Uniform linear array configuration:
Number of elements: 12
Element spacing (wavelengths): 0.5
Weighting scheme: uniform
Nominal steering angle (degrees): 30
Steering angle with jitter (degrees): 31.958
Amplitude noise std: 0.05
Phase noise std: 0.05

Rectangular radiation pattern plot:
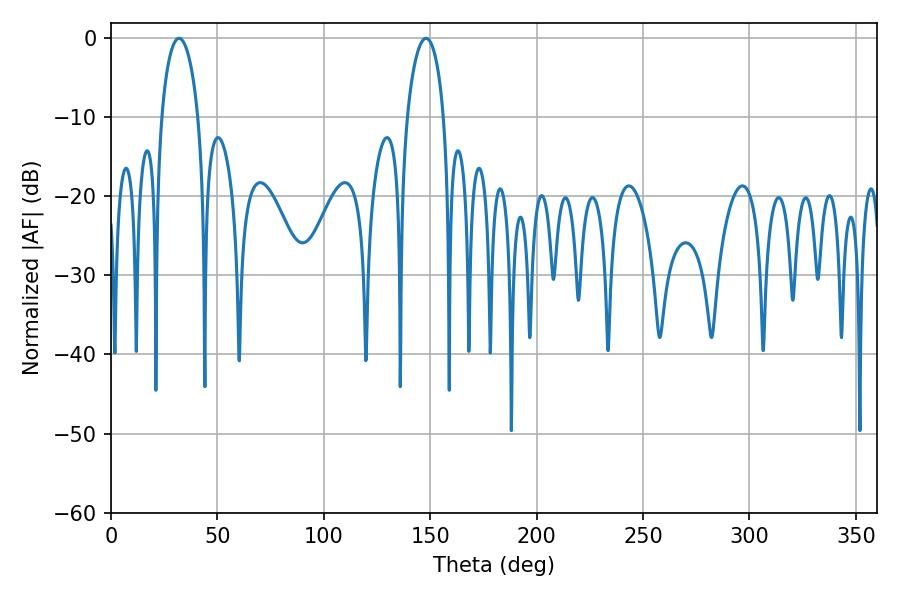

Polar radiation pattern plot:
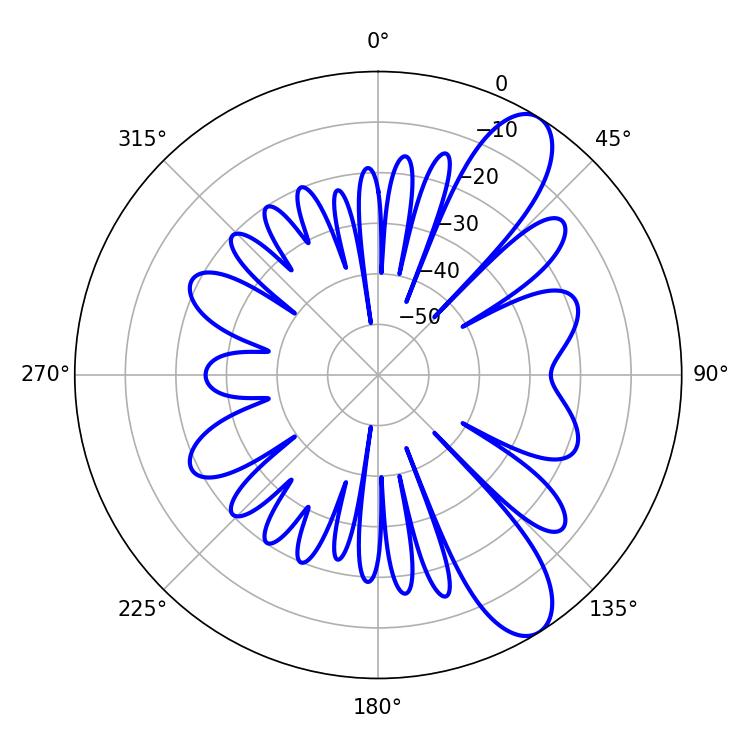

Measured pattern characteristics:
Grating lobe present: FALSE
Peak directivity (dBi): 9.946
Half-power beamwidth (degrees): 9.9
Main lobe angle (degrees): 32.04